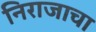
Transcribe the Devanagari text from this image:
निराजाचा